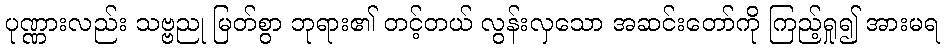
ပုဏ္ဏားလည်း သဗ္ဗညု မြတ်စွာ ဘုရား၏ တင့်တယ် လွန်းလှသော အဆင်းတော်ကို ကြည့်ရှု၍ အားမရ